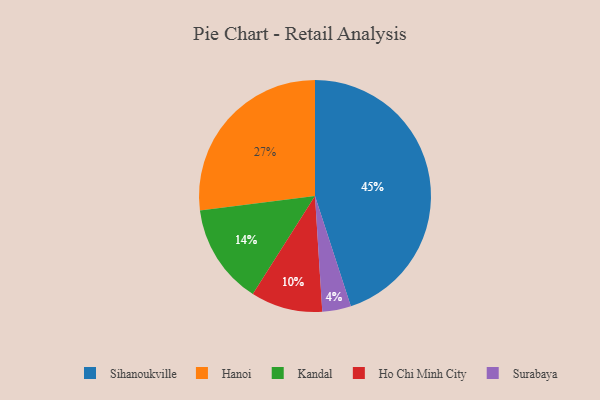
{"axis": {"x": "Category", "y": "Percentage"}, "legend": ["Hanoi", "Ho Chi Minh City", "Kandal", "Sihanoukville", "Surabaya"], "data": [{"x": "Surabaya", "y": 4, "type": "Surabaya"}, {"x": "Sihanoukville", "y": 45, "type": "Sihanoukville"}, {"x": "Kandal", "y": 14, "type": "Kandal"}, {"x": "Hanoi", "y": 27, "type": "Hanoi"}, {"x": "Ho Chi Minh City", "y": 10, "type": "Ho Chi Minh City"}]}